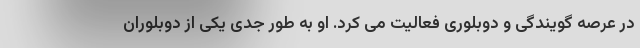
در عرصه گویندگی و دوبلوری فعالیت می کرد. او به طور جدی یکی از دوبلوران